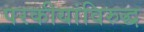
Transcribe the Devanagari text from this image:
परकीयांविरुद्ध